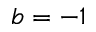
b = - 1